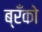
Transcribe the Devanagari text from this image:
ब्रँको